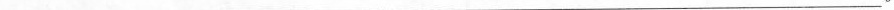
___